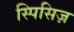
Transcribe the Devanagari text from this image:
स्पिसिज़